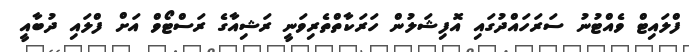
ފްލައިޓް ވެއްޓުނު ސަރަހައްދުގައި އޮފިޝަލުން ހަރަކާތްތެރިވަނީ ރަޝިއާގެ ރަސްޓޯވް އަށް ފްލައި ދުބާއީ